Vaccination in the Punjab 1905-1918 - 1905-1918
Year: 1905
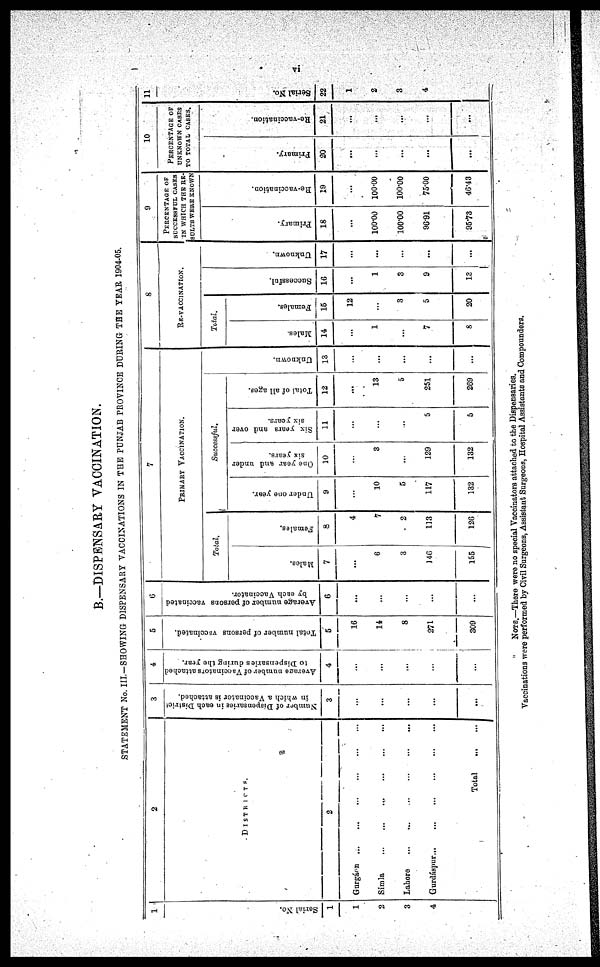
vi
B.—DISPENSARY VACCINATION.
STATEMENT No. III.-SHOWING DISPENSARY VACCINATIONS IN THE PUNJAB PROVINCE DURING THE YEAR 1904-05.
1
Ser i al No.
1
1
2
3
4
2
DISTRICTS.
2
Gurgáan
...
...
...
...
...
...
Simla ... ... ... ... ... ...
Lahore
...
...
...
...
...
...
Gurdáspur
...
...
...
...
...
...
Total
...
...
3
Number
of Dispensnries in each District
in which a Vaccinator is attached.
3
...
...
...
...
...
4
Average number of Vaccinators attached
to Dispensaries during the year.
4
...
...
...
...
...
5
Total number of persona vaccinated.
5
16
14
8
271
309
6
Average number of persons vaccinated
by each Vaccinator.
6
...
...
...
...
...
7
PRIMARY VACCINATION.
Total.
Males.
7
...
6
3
146
155
Females.
8
4
7
2
113
126
Successful.
Under one year.
9
...
10
5
117
132
One year and under
six years.
10
...
3
...
129
132
Six years and over
six years.
11
...
...
...
5
5
Total of all ages.
12
...
13
5
251
269
Unknown.
13
...
...
...
...
...
8
RE-VACCINATION.
Total.
Males.
14
...
1
...
7
8
Females.
15
12
...
3
5
20
Successful.
16
...
1
3
9
13
Unknown.
17
...
...
...
...
...
9
PERCENTAGE OF
SUCCESSFUL CASES
IN WHICH THE RE-
SULTS WERE KNOWN
Primary.
18
...
100.00
100.00
96.91
95.73
Re-vaccination.
19
...
100.00
100.00
75.00
46.48
10
PERCENTAGE OF
UNKNOWN CASES
TO TOAL CASES.
Primary.
20
...
...
...
...
...
Re-vaccination.
21
...
...
...
...
...
11
Serial No.
22
1
2
3
4
...
NOTE.—There were no special Vaccinators attached to the Dispensaries.
Vaccinations were performed by Civil Surgeons, Assistant Surgeons, Hospital Assistants and Compounders.